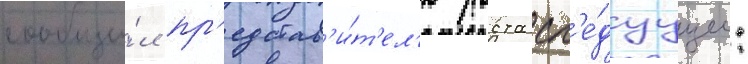
сообщи́л пр'едстав'и́т'ел'ю роста сл'е́дуущее: